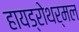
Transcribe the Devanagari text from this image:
हायड्रोथर्मल